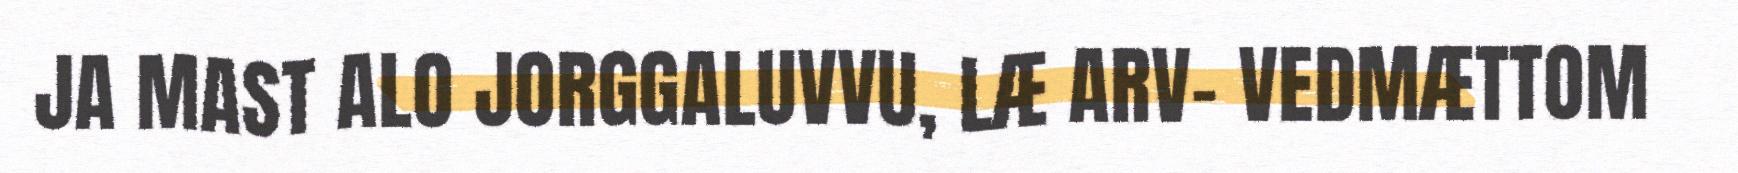
JA MAST ALO JORGGALUVVU, LÆ ARV- VEDMÆTTOM